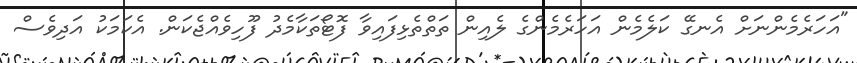
"އަހަރެމެންނަށް އެނގޭ ކަލެމެން އަހަރެމެންގެ ލެއިން ތަތްތެޅިފައިވާ ފޮޓޯތަކާމެދު ފޫހިވެއްޖެކަން. އެކަމަކު އަދިވެސް